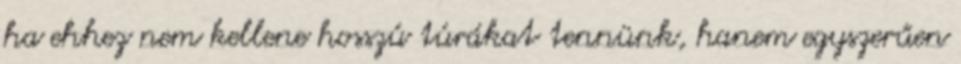
ha ehhez nem kellene hosszú túrákat tennünk, hanem egyszerűen